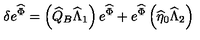
\delta e ^ { \widehat { \Phi } } = \left( \widehat { Q } _ { B } \widehat { \Lambda } _ { 1 } \right) e ^ { \widehat { \Phi } } + e ^ { \widehat { \Phi } } \left( \widehat { \eta } _ { 0 } \widehat { \Lambda } _ { 2 } \right)